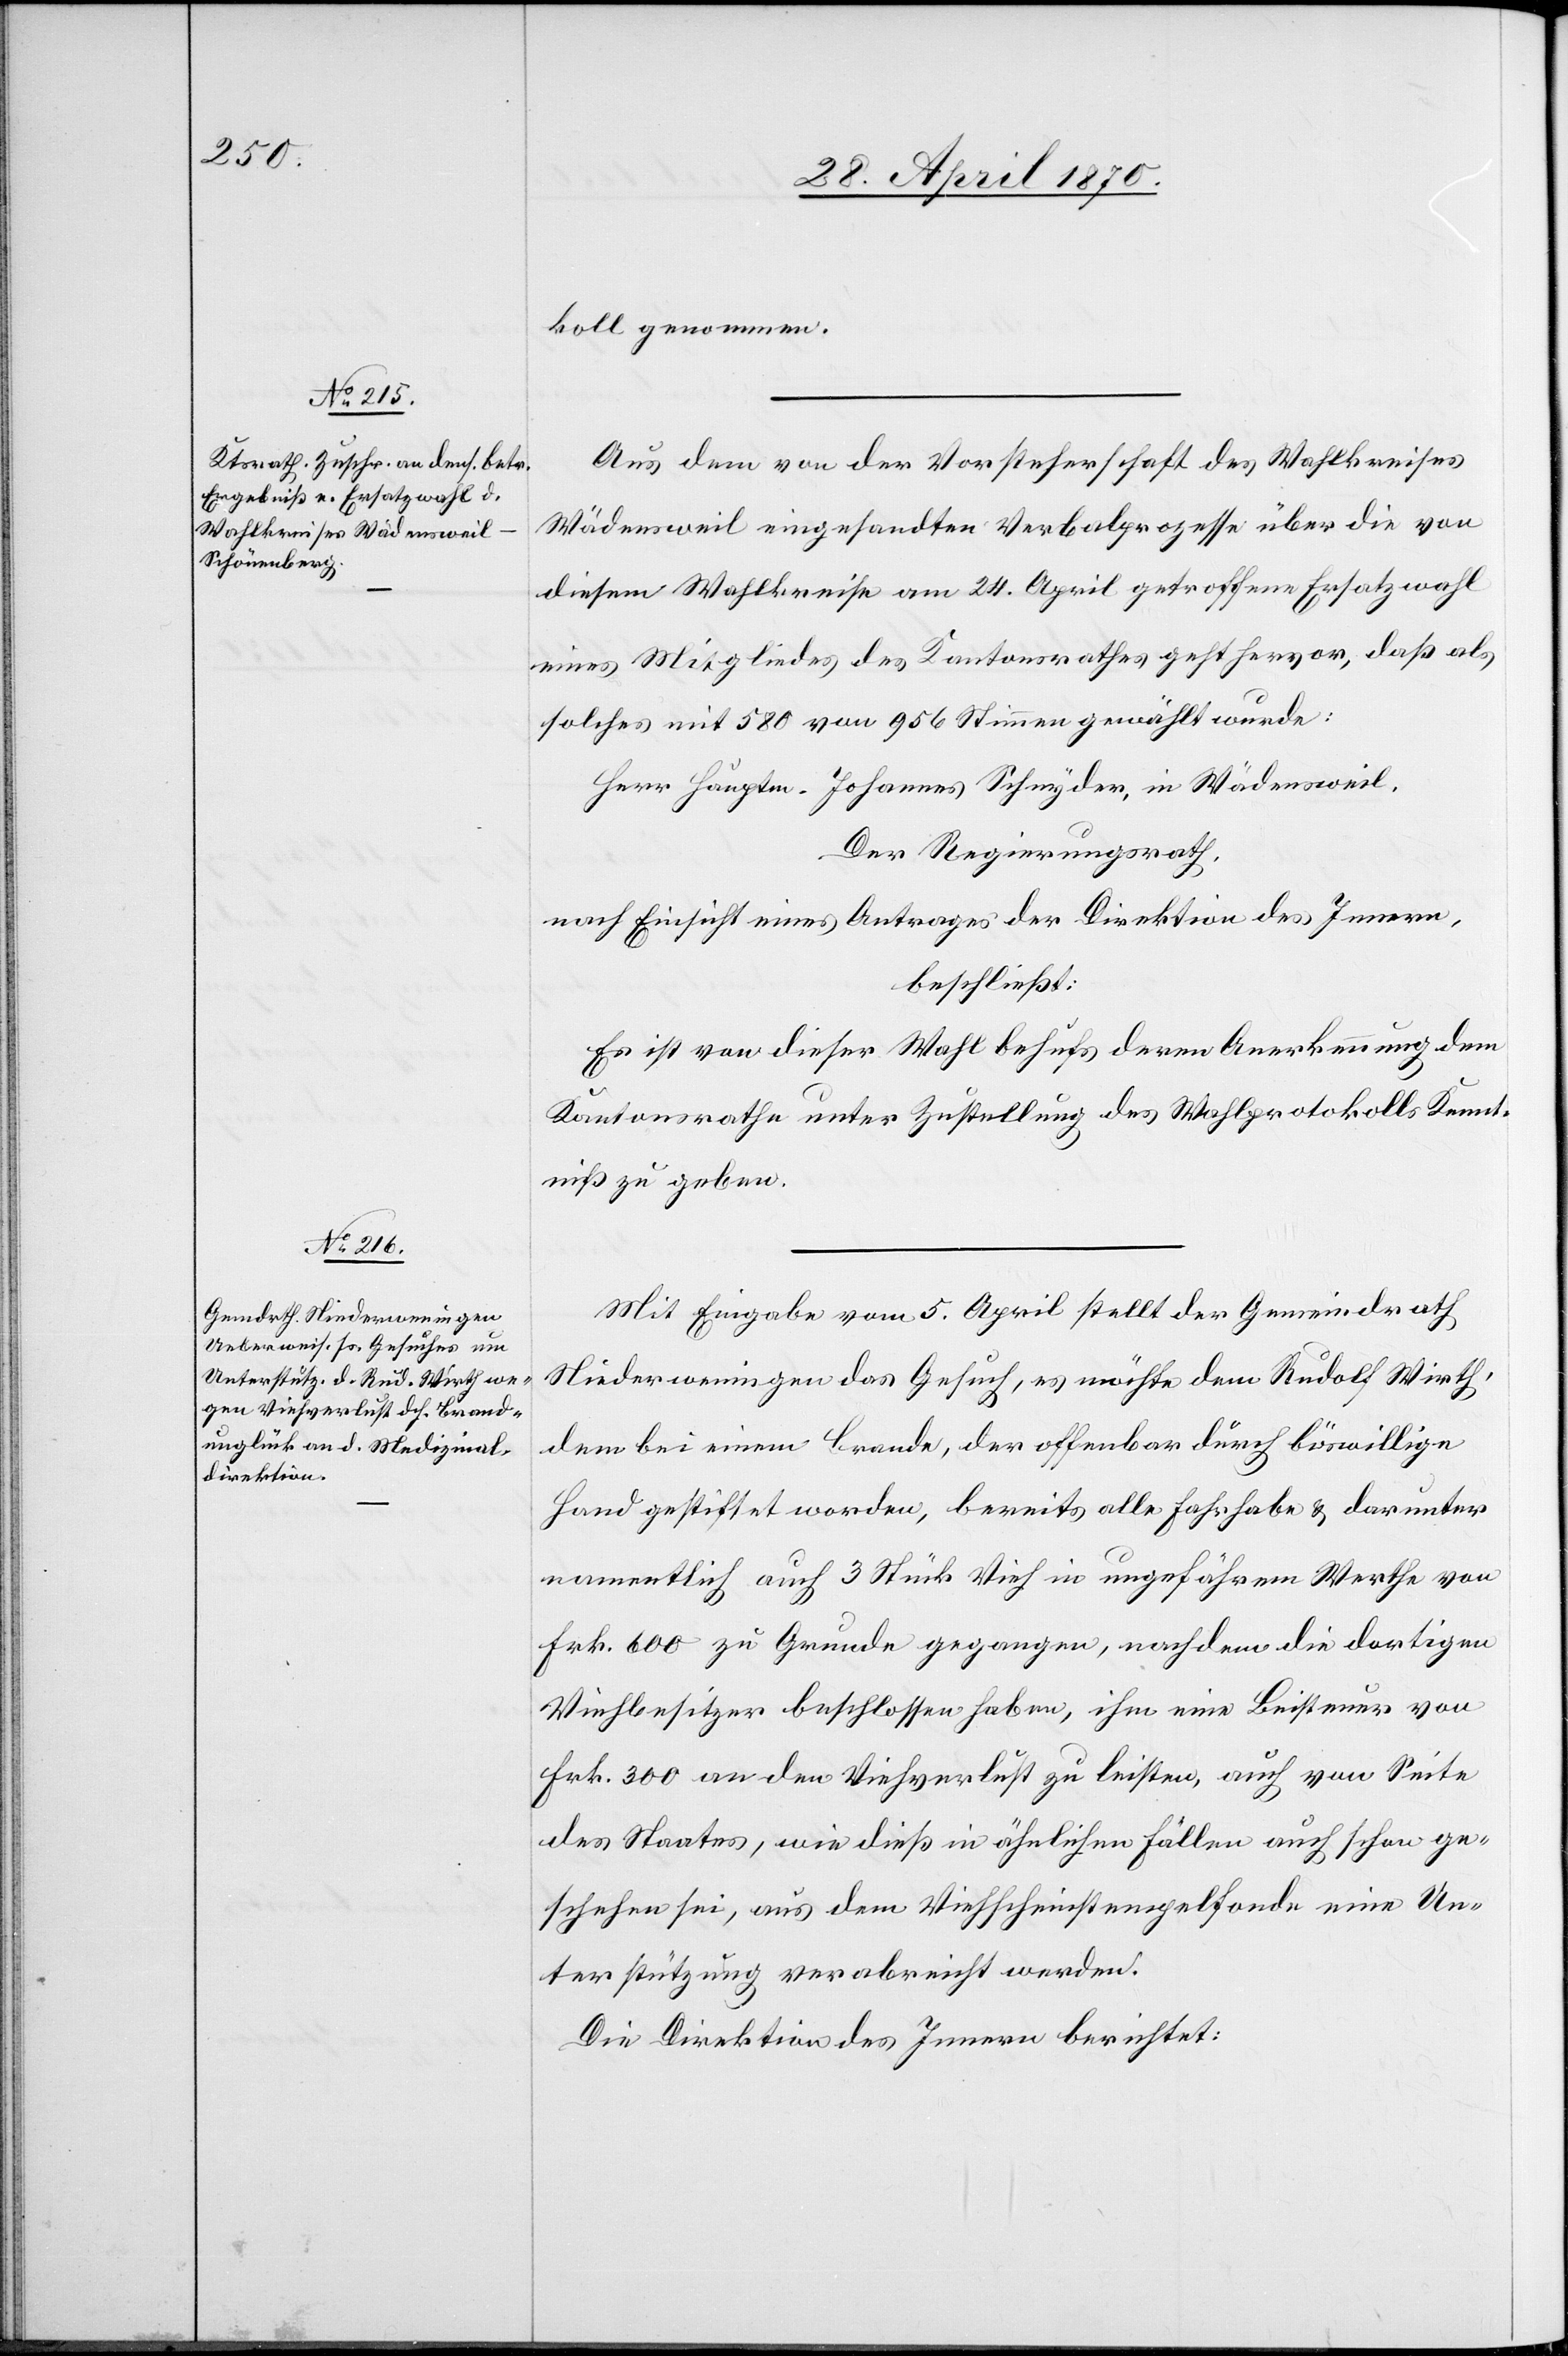
koll genommen.
Aus dem von der Vorsteherschaft des Wahlkreises
Wädensweil eingesandten Verbalprozesse über die von
diesem Wahlkreise am 24. April getroffene Ersatzwahl
eines Mitgliedes des Kantonsrathes geht hervor, daß als
solches mit 580 von 956 Stimmen gewählt wurde:
Herr Hauptm. Johannes Schnyder, in Wädensweil.
Der Regierungsrath,
nach Einsicht eines Antrages der Direktion des Innern,
beschließt:
Es ist von dieser Wahl behufs deren Anerkennung dem
Kantonsrathe unter Zustellung des Wahlprotokolls Kennt¬
niß zu geben.
Mit Eingabe vom 5. April stellt der Gemeindrath
Niederweningen das Gesuch, es möchte dem Rudolf Wirth,
dem bei einem Brande, der offenbar durch böswillige
Hand gestiftet worden, bereits alle Fahrhabe & darunter
namentlich auch 3 Stück Vieh in ungefährem Werthe von
Frk. 600 zu Grunde gegangen, nachdem die dortigen
Viehbesitzer beschlossen haben, ihm eine Beisteuer von
Frk. 300 an den Viehverlust zu leisten, auch von Seite
des Staates, wie dieß in ähnlichen Fällen auch schon ge¬
schehen sei, aus dem Viehscheinstempelfonde eine Un¬
terstützung verabreicht werden.
Die Direktion des Innern berichtet: